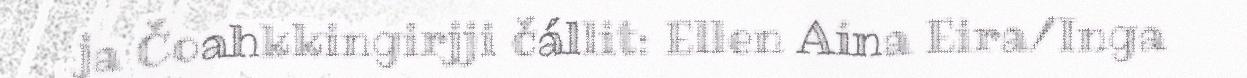
ja Čoahkkingirjji čállit: Ellen Aina Eira/Inga